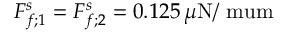
F _ { f ; 1 } ^ { s } = F _ { f ; 2 } ^ { s } = 0 . 1 2 5 \, \mu \mathrm { N / \ m u m }